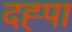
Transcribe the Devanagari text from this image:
दह्पा